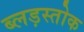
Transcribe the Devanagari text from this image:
ब्लड़स्तोक